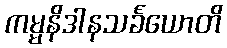
ကမ္မနိဒါနသင်္ခယောတိ